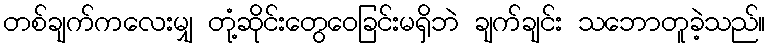
တစ်ချက်ကလေးမျှ တုံ့ဆိုင်းတွေဝေခြင်းမရှိဘဲ ချက်ချင်း သဘောတူခဲ့သည်။